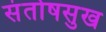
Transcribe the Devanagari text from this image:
संतोषसुख